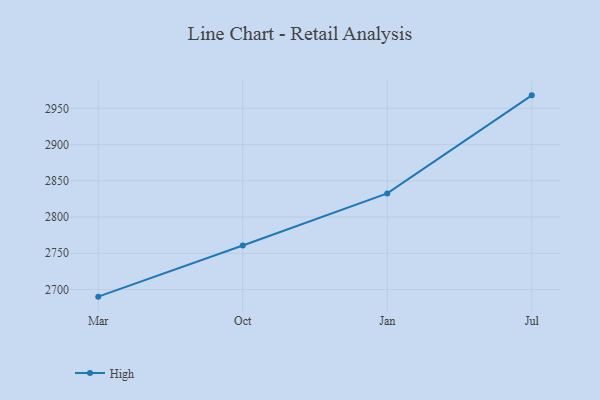
{"axis": {"x": "Month", "y": "Tickets Resolved"}, "legend": ["High"], "data": [{"x": "Mar", "y": 2690.1, "type": "High"}, {"x": "Oct", "y": 2760.7, "type": "High"}, {"x": "Jan", "y": 2832.6, "type": "High"}, {"x": "Jul", "y": 2967.9, "type": "High"}]}